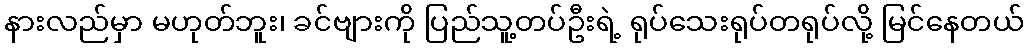
နားလည်မှာ မဟုတ်ဘူး၊ ခင်ဗျားကို ပြည်သူ့တပ်ဦးရဲ့ ရုပ်သေးရုပ်တရုပ်လို့ မြင်နေတယ်